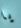
يا